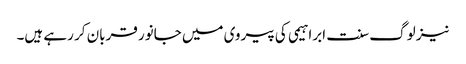
نیز لوگ سنت ابراہیمی کی پیروی میں جانور قربان کر رہے ہیں۔